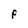
Character: F